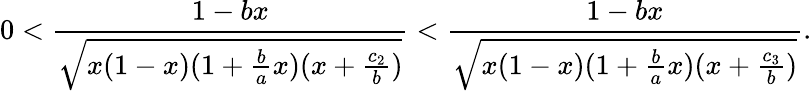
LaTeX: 0<\frac{1-bx}{\sqrt{x(1-x)(1+\frac{b}{a}x)(x+\frac{c_{2}}{b})}}<\frac{1-bx}{\sqrt{x(1-x)(1+\frac{b}{a}x)(x+\frac{c_{3}}{b})}}.